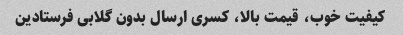
کیفیت خوب، قیمت بالا، کسری ارسال بدون گلابی فرستادین